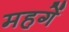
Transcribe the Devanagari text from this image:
महगें